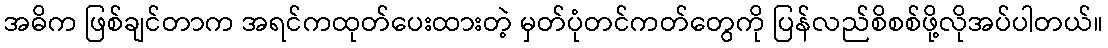
အဓိက ဖြစ်ချင်တာက အရင်ကထုတ်ပေးထားတဲ့ မှတ်ပုံတင်ကတ်တွေကို ပြန်လည်စိစစ်ဖို့လိုအပ်ပါတယ်။